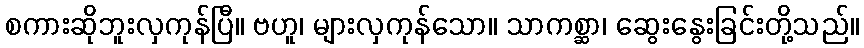
စကားဆိုဘူးလှကုန်ပြီ။ ဗဟူ၊ များလှကုန်သော။ သာကစ္ဆာ၊ ဆွေးနွေးခြင်းတို့သည်။